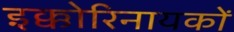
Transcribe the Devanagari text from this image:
इक्कोरिनायकों